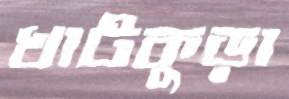
খাটকুড়া